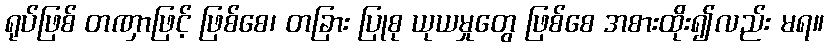
ရုပ်ဖြစ် တဏှာဖြင့် ဖြစ်စေ၊ တခြား ပြုစု ယုယမှုတွေ ဖြစ်စေ အစားထိုး၍လည်း မရ။